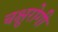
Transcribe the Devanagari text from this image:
चक्षुरोगी